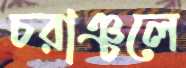
চরাঞ্চলে